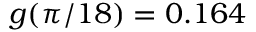
g ( \pi / 1 8 ) = 0 . 1 6 4